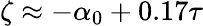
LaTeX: \zeta\approx-\alpha_{0}+0.17\tau